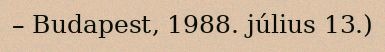
– Budapest, 1988. július 13.)